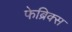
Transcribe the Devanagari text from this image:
फेब्रिक्स